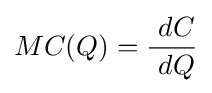
MC(Q)={\frac {\ dC}{\ dQ}}